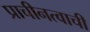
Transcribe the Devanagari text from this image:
प्राचीनत्वाची